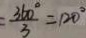
= \frac { 3 6 0 ^ { \circ } } { 3 } = 1 2 0 ^ { \circ }